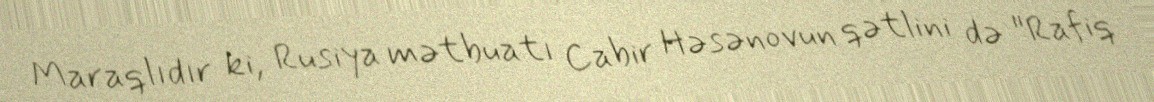
Maraqlıdır ki, Rusiya mətbuatı Cabir Həsənovun qətlini də "Rafiq